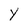
Character: Y